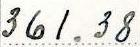
361.38